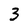
Character: 3